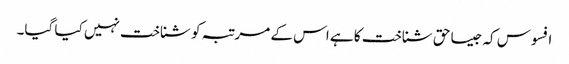
افسوس کہ جیسا حق شناخت کا ہے اس کے مرتبہ کو شناخت نہیں کیا گیا۔